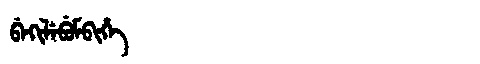
Manchu: ᠪᡝᡴᡳᠯᡝᠪᡠᠮᠪᡳᡥᡝ
Romanization: BEKILEBUMBIHE